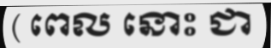
( ពេល នោះ ជា